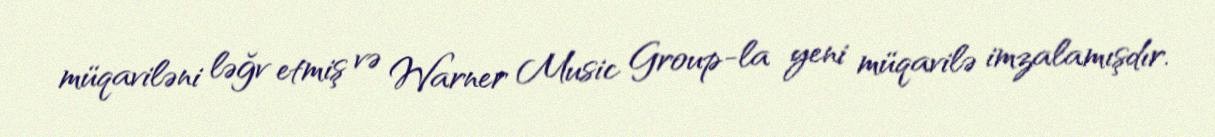
müqaviləni ləğv etmiş və Warner Music Group-la yeni müqavilə imzalamışdır.